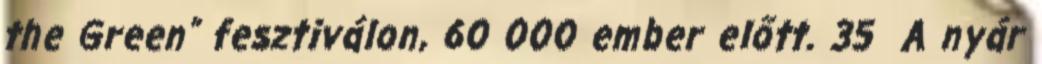
the Green” fesztiválon, 60 000 ember előtt. 35 A nyár